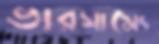
ভারসাম্যে